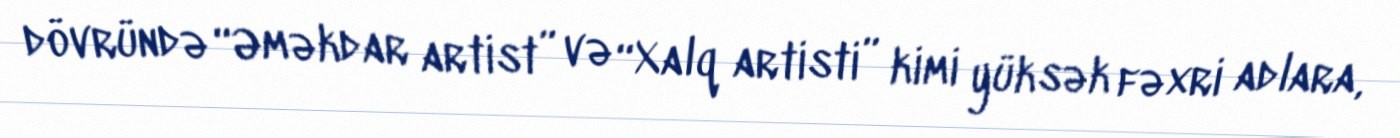
dövründə “Əməkdar artist” və “Xalq artisti” kimi yüksək fəxri adlara,